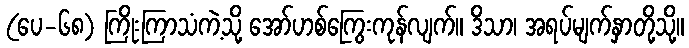
(ပေ-၆၈) ကြိုးကြာသံကဲ့သို့ အော်ဟစ်ကြွေးကုန်လျက်။ ဒိသာ၊ အရပ်မျက်နှာတို့သို့။